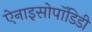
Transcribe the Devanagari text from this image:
ऐनाइसोपॉडिडी